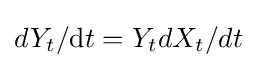
dY_{t}/\mathrm {d} t=Y_{t}dX_{t}/dt